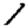
Digit: 1